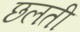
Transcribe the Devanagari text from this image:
छलती